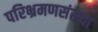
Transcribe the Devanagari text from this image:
परिभ्रमणसंख्या